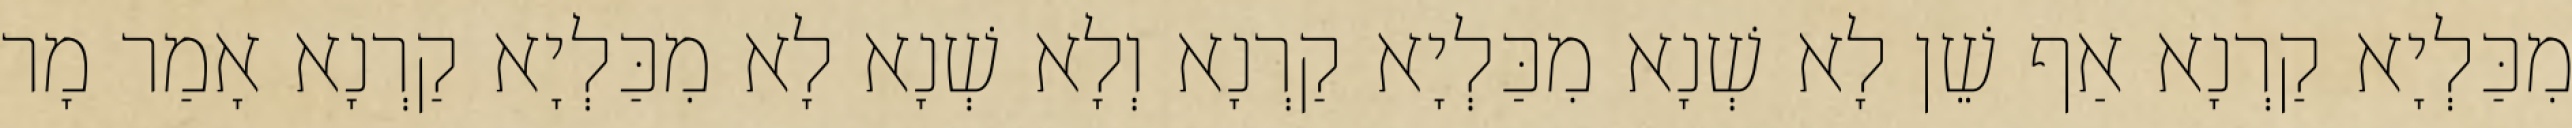
מִכַּלְיָא קַרְנָא אַף שֵׁן לָא שְׁנָא מִכַּלְיָא קַרְנָא וְלָא שְׁנָא לָא מִכַּלְיָא קַרְנָא אָמַר מָר